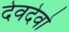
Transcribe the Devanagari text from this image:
देवदेवो